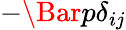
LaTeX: -\Bar{p}\delta_{ij}